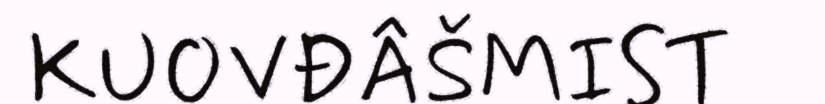
KUOVĐÂŠMIST